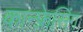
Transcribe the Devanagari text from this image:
कान्फ्रेसिंग